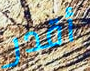
أقدر